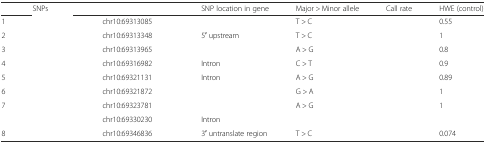
<table><thead><tr><td>[EMPTY_CELL]</td><td><b>SNPs</b></td><td>[EMPTY_CELL]</td><td><b>SNP location in gene</b></td><td><b>Major &gt; Minor allele</b></td><td><b>Call rate</b></td><td><b>HWE (control)</b></td></tr></thead><tbody><tr><td>1</td><td>[EMPTY_CELL]</td><td>chr10:69313085</td><td>[EMPTY_CELL]</td><td>T &gt; C</td><td>[EMPTY_CELL]</td><td>0.55</td></tr><tr><td>2</td><td>[EMPTY_CELL]</td><td>chr10:69313348</td><td>5′ upstream</td><td>T &gt; C</td><td>[EMPTY_CELL]</td><td>1</td></tr><tr><td>3</td><td>[EMPTY_CELL]</td><td>chr10:69313965</td><td>[EMPTY_CELL]</td><td>A &gt; G</td><td>[EMPTY_CELL]</td><td>0.8</td></tr><tr><td>4</td><td>[EMPTY_CELL]</td><td>chr10:69316982</td><td>Intron</td><td>C &gt; T</td><td>[EMPTY_CELL]</td><td>0.9</td></tr><tr><td>5</td><td>[EMPTY_CELL]</td><td>chr10:69321131</td><td>Intron</td><td>A &gt; G</td><td>[EMPTY_CELL]</td><td>0.89</td></tr><tr><td>6</td><td>[EMPTY_CELL]</td><td>chr10:69321872</td><td>[EMPTY_CELL]</td><td>G &gt; A</td><td>[EMPTY_CELL]</td><td>1</td></tr><tr><td>7</td><td>[EMPTY_CELL]</td><td>chr10:69323781</td><td>[EMPTY_CELL]</td><td>A &gt; G</td><td>[EMPTY_CELL]</td><td>1</td></tr><tr><td>[EMPTY_CELL]</td><td>[EMPTY_CELL]</td><td>chr10:69330230</td><td>Intron</td><td>[EMPTY_CELL]</td><td>[EMPTY_CELL]</td><td>[EMPTY_CELL]</td></tr><tr><td>8</td><td>[EMPTY_CELL]</td><td>chr10:69346836</td><td>3′ untranslate region</td><td>T &gt; C</td><td>[EMPTY_CELL]</td><td>0.074</td></tr></tbody></table>